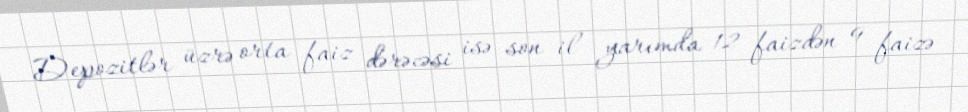
Depozitlər üzrə orta faiz dərəcəsi isə son il yarımda 12 faizdən 9 faizə